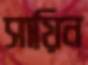
সায়িন